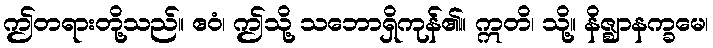
ဤတရားတို့သည်။ ဧဝံ၊ ဤသို့ သဘောရှိကုန်၏။ ဣတိ၊ သို့။ နိဇ္ဈာနက္ခမေ၊